Civil Veterinary Department. Madras. Admin. report 1926-33 - 1926-1933
Year: 1926
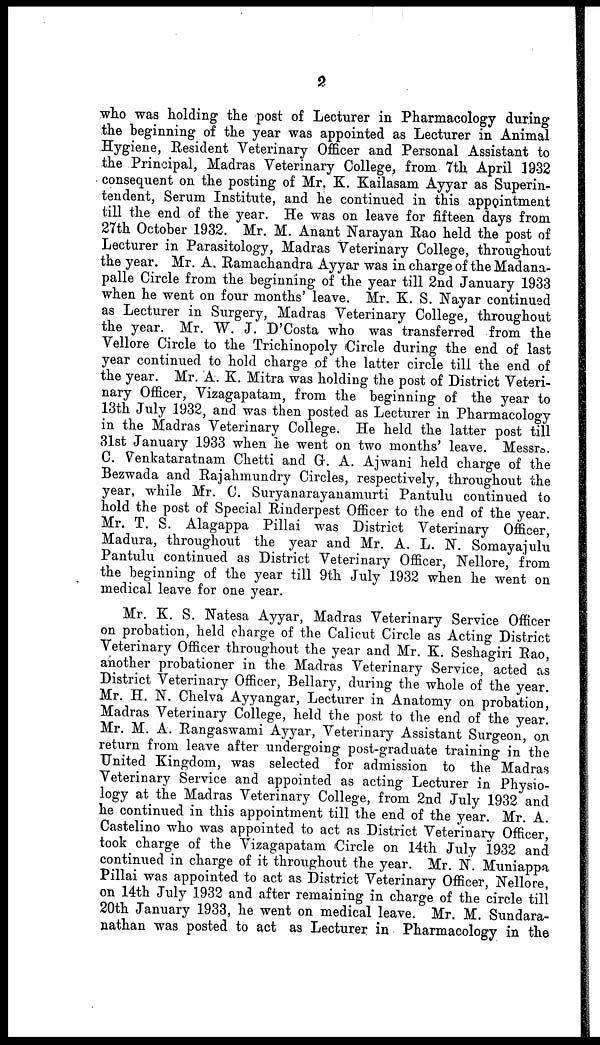
2
who was holding the post of Lecturer in Pharmacology during
the beginning of the year was appointed as Lecturer in Animal
Hygiene, Resident Veterinary Officer and Personal Assistant to
the Principal, Madras Veterinary College, from 7th April 1932
consequent on the posting of Mr. K. Kailasam Ayyar as Superin-
tendent, Serum Institute, and he continued in this appointment
till the end of the year. He was on leave for fifteen days from
27th October 1932. Mr. M. Anant Narayan Rao held the post of
Lecturer in Parasitology, Madras Veterinary College, throughout
the year. Mr. A. Ramachandra Ayyar was in charge of the Madana-
palle Circle from the beginning of the year till 2nd January 1933
when he went on four months' leave. Mr. K. S. Nayar continued
as Lecturer in Surgery, Madras Veterinary College, throughout
the year. Mr. W. J. D'Costa who was transferred from the
Vellore Circle to the Trichinopoly Circle during the end of last
year continued to hold charge of the latter circle till the end of
the year. Mr. A. K. Mitra was holding the post of District Veteri-
nary Officer, Vizagapatam, from the beginning of the year to
13th July 1932, and was then posted as Lecturer in Pharmacology
in the Madras Veterinary College. He held the latter post till
31st January 1933 when he went on two months' leave. Messrs.
C. Venkataratnam Chetti and G. A. Ajwani held charge of the
Bezwada and Rajahmundry Circles, respectively, throughout the
year, while Mr. C. Suryanarayanamurti Pantulu continued to
hold the post of Special Rinderpest Officer to the end of the year.
Mr. T. S. Alagappa Pillai was District Veterinary Officer,
Madura, throughout the year and Mr. A. L. N. Somayajulu
Pantulu continued as District Veterinary Officer, Nellore, from
the beginning of the year till 9th July 1932 when he went on
medical leave for one year.
Mr. K. S. Natesa Ayyar, Madras Veterinary Service Officer
on probation, held charge of the Calicut Circle as Acting District
Veterinary Officer throughout the year and Mr. K. Seshagiri Rao,
another probationer in the Madras Veterinary Service, acted as
District Veterinary Officer, Bellary, during the whole of the year.
Mr. H. N. Chelva Ayyangar, Lecturer in Anatomy on probation,
Madras Veterinary College, held the post to the end of the year.
Mr. M. A. Rangaswami Ayyar, Veterinary Assistant Surgeon, on
return from leave after undergoing post-graduate training in the
United Kingdom, was selected for admission to the Madras
Veterinary Service and appointed as acting Lecturer in Physio-
logy at the Madras Veterinary College, from 2nd July 1932 and
he continued in this appointment till the end of the year. Mr. A.
Castelino who was appointed to act as District Veterinary Officer,
took charge of the Vizagapatam Circle on 14th July 1932 and
continued in charge of it throughout the year. Mr. N. Muniappa
Pillai was appointed to act as District Veterinary Officer, Nellore,
on 14th July 1932 and after remaining in charge of the circle till
20th January 1933, he went on medical leave. Mr. M. Sundara-
nathan was posted to act as Lecturer in Pharmacology in the